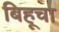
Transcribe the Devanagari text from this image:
बिहूचा